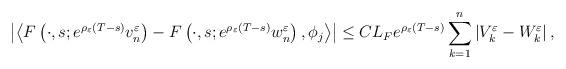
LaTeX: \begin{align*}\left|\left\langle F\left(\cdot,s;e^{\rho_{\varepsilon}\left(T-s\right)}v_{n}^{\varepsilon}\right)-F\left(\cdot,s;e^{\rho_{\varepsilon}\left(T-s\right)}w_{n}^{\varepsilon}\right),\phi_{j}\right\rangle\right| \le CL_{F}e^{\rho_{\varepsilon}\left(T-s\right)}\sum_{k=1}^{n}\left|V_{k}^{\varepsilon}-W_{k}^{\varepsilon}\right|,\end{align*}